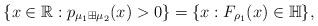
LaTeX: \begin{align*}\{x\in\mathbb{R}:p_{\mu_{1}\boxplus\mu_{2}}(x)>0\}=\{x:F_{\rho_{1}}(x)\in\mathbb{H}\},\end{align*}